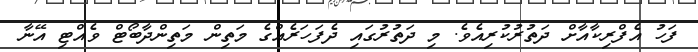
ފަހު އެފްރިކާއާށް ދަތުރުކުރިއެވެ. މި ދަތުރުގައި ދެފަހަރެއްގެ މަތިން މަތިންދާބޯޓް ވެއްޓި އޭނާ